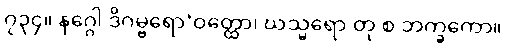
၇၃၄။ နဂ္ဂေါ ဒိဂမ္ဗရော’ဝတ္ထော၊ ဃသ္မရော တု စ ဘက္ခကော။